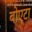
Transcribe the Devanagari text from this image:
बोएटा